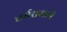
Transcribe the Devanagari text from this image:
धर्मराजाने